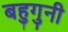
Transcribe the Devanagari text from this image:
बहुगुनी